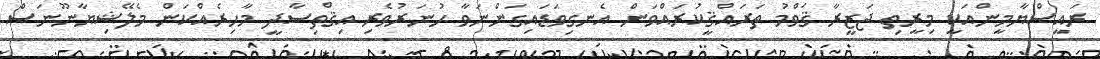
ރައީސްޔާމީންއަކީ މިރީތި ޖަޒީރާ ޤަވްމު ތަރައްޤީކުރައްވަން އެނގިވަޑައިގަންނަވާ ހުނަރުވެރި އިޤްތިސާދީ މާހިރެއްކަން މެލޭޝިޔާނޫނަސް